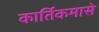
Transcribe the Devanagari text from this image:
कार्तिकमासे